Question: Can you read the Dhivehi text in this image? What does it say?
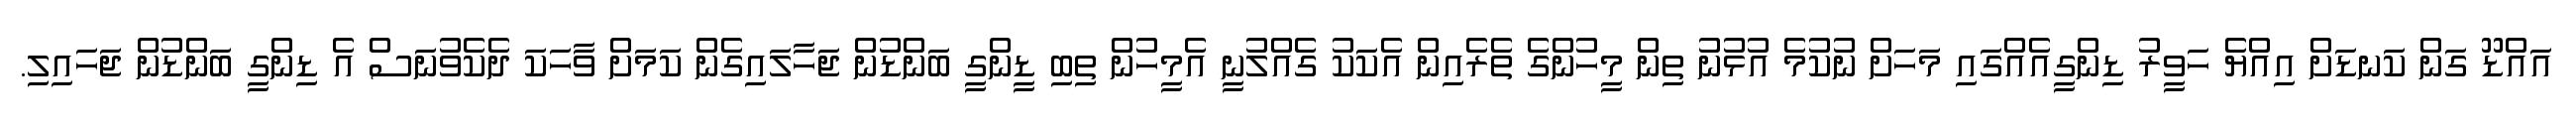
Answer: އައްޑޫ ގަން ކަނޑަށް އިއްޔެ ހަވީރު ޑިންގީއެއްގައި މަހަށް ނުކުމެ އުޅުނު ތިން މީހުންގެ ތެރެއިން އެކަކު ގެއްލުނީ އެމީހުން ތިބި ޑީންގީ ބަންޑުން ޖަހާލައިގެން ކަމަށް ވާހަކަ ދެކެވުނަސް އެ ޑިންގީ ބަންޑުން ޖަހައިލި.